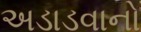
અડાડવાનો